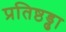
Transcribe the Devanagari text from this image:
प्रतिष्ठड्ढा